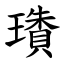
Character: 璳